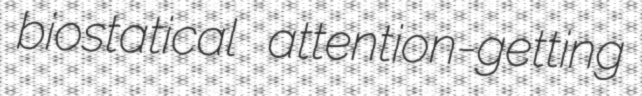
biostatical attention-getting